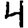
Digit: 4